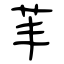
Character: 䒠